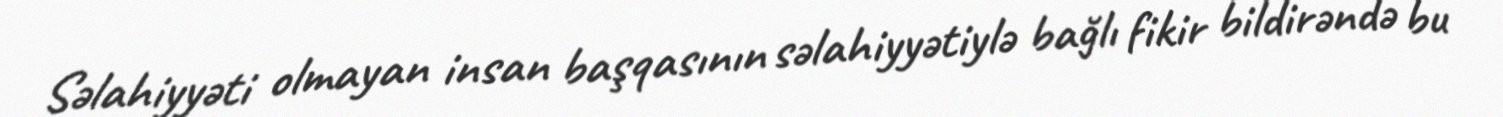
Səlahiyyəti olmayan insan başqasının səlahiyyətiylə bağlı fikir bildirəndə bu